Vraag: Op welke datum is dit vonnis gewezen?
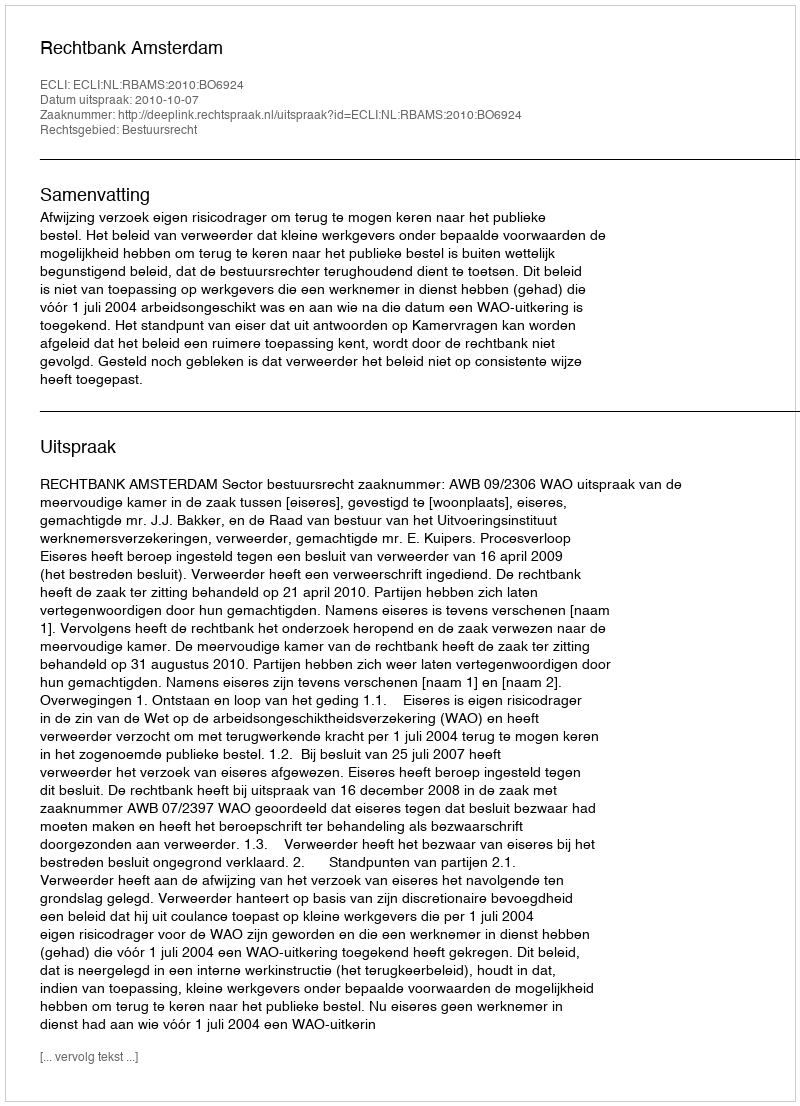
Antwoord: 2010-10-07